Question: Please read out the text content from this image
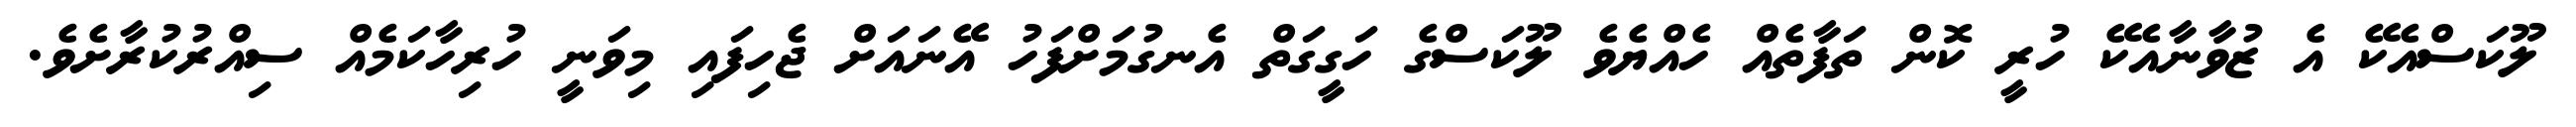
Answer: ލޫކަސްއެކޭ އެ ޒުވާނާއެކޭ ހުރީ ކޮން ތަފާތެއް ހެއްޔެވެ ލޫކަސްގެ ހަގީގަތް އެނގުމަށްފަހު އޭނައަށް ޖެހިފައި މިވަނީ ހުރިހާކަމެއް ސިއްރުކުރާށެވެ.